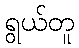
ရွယ်တူ